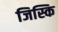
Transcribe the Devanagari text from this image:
जिस्कि